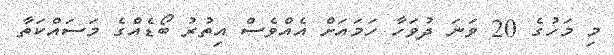
މި މަހުގެ 20 ވަނަ ދުވަހާ ހަމައަށް އެއްވެސް އިތުރު ބޯޑެއްގެ މަސައްކަތާ